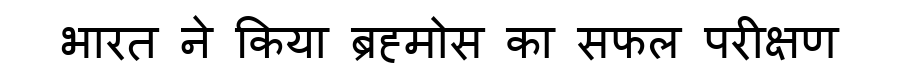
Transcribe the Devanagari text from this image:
भारत ने किया ब्रह्मोस का सफल परीक्षण